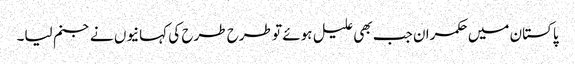
پاکستان میں حکمران جب بھی علیل ہوئے تو طرح طرح کی کہانیوں نے جنم لیا۔